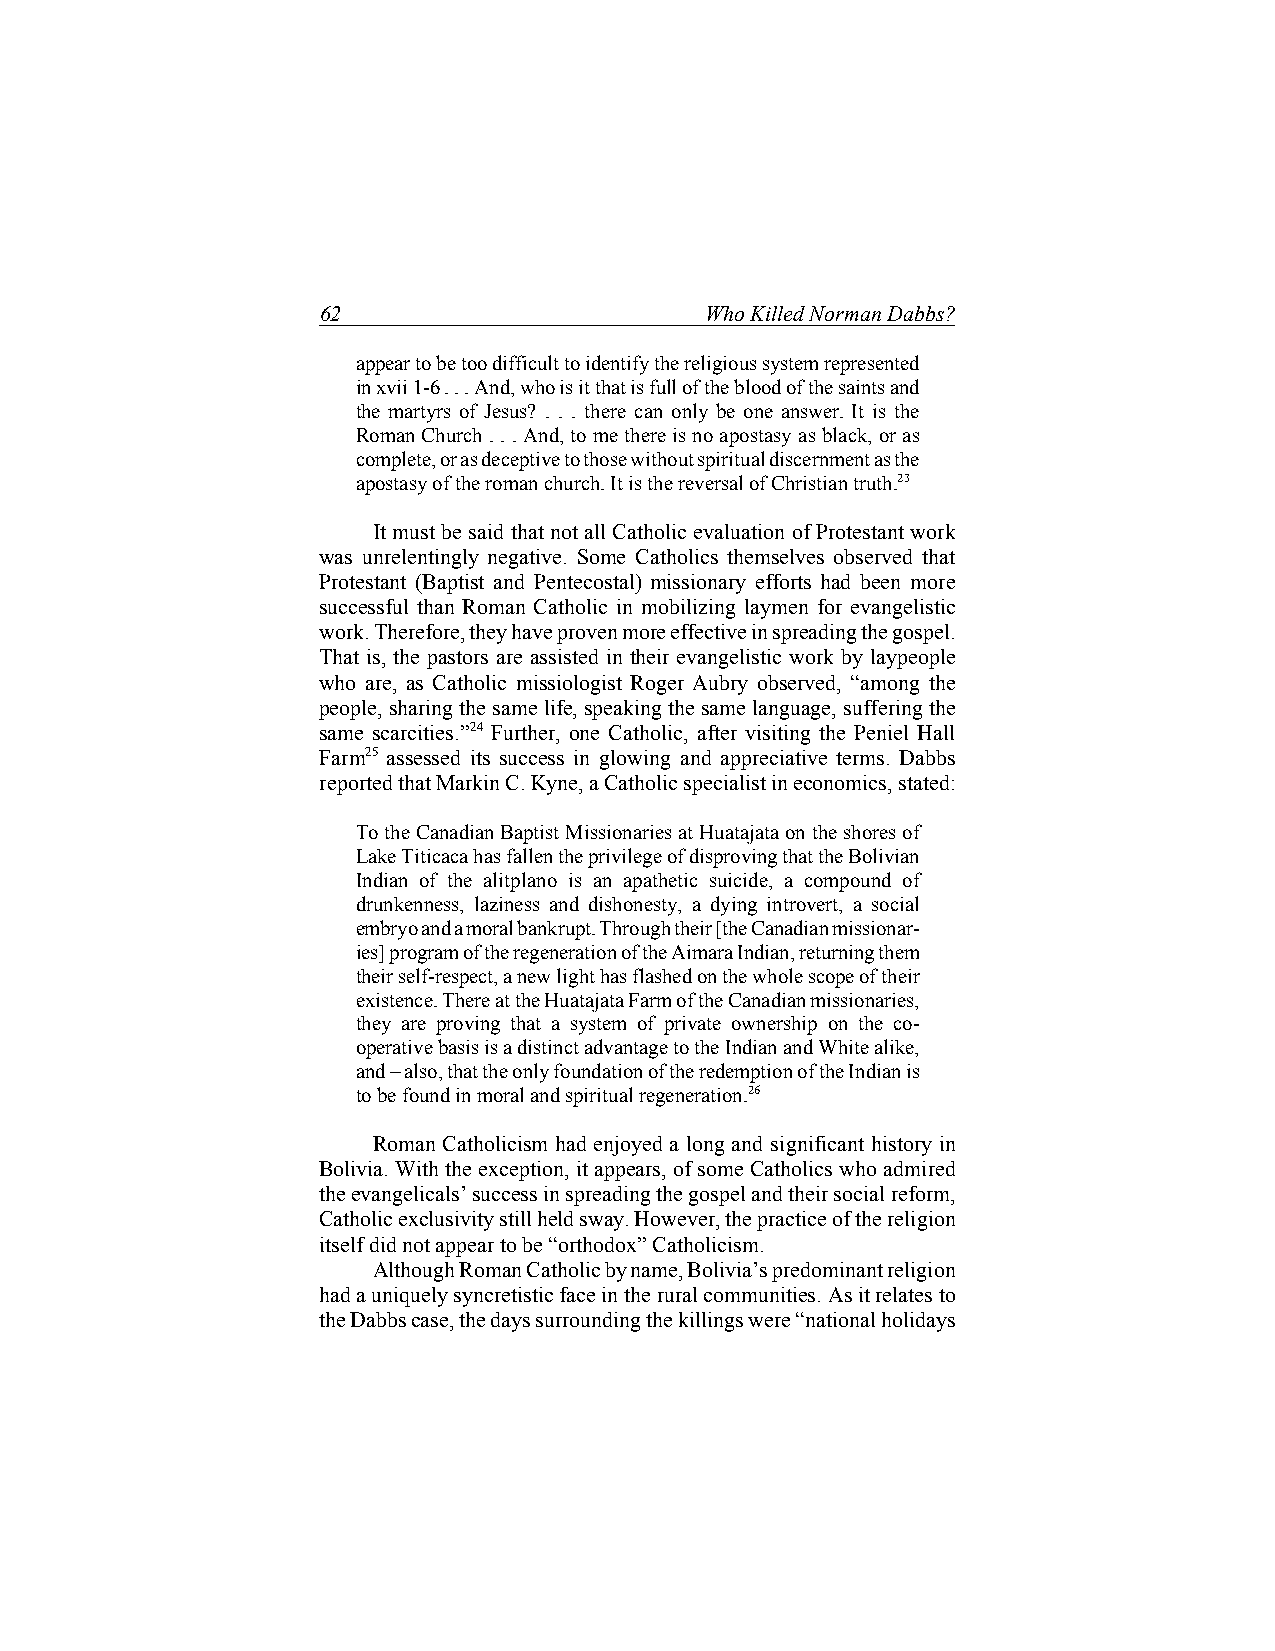
62                        Who Killed Norman Dabbs?
 appear to be too difficult to identify the religious system represented
 in xvii 1-6 . . . And, who is it that is full of the blood of the saints and
 the martyrs of Jesus? . . . there can only be one answer. It is the
 Roman Church . . . And, to me there is no apostasy as black, or as
 complete, or as deceptive to those without spiritual discernment as the
 apostasy of the roman church. It is the reversal of Christian truth.23
 It must be said that not all Catholic evaluation of Protestant work
 was unrelentingly negative. Some Catholics themselves observed that
 Protestant (Baptist and Pentecostal) missionary efforts had been more
 successful than Roman Catholic in mobilizing laymen for evangelistic
 work. Therefore, they have proven more effective in spreading the gospel.
 That is, the pastors are assisted in their evangelistic work by laypeople
 who are, as Catholic missiologist Roger Aubry observed, “among the
 people, sharing the same life, speaking the same language, suffering the
 same scarcities.”24 Further, one Catholic, after visiting the Peniel Hall
 Farm25 assessed its success in glowing and appreciative terms. Dabbs
 reported that Markin C. Kyne, a Catholic specialist in economics, stated:
 To the Canadian Baptist Missionaries at Huatajata on the shores of
 Lake Titicaca has fallen the privilege of disproving that the Bolivian
 Indian of the alitplano is an apathetic suicide, a compound of
 drunkenness, laziness and dishonesty, a dying introvert, a social
 embryo and a moral bankrupt. Through their [the Canadian missionar-
 ies] program of the regeneration of the Aimara Indian, returning them
 their self-respect, a new light has flashed on the whole scope of their
 existence. There at the Huatajata Farm of the Canadian missionaries,
 they are proving that a system of private ownership on the co-
 operative basis is a distinct advantage to the Indian and White alike,
 and – also, that the only foundation of the redemption of the Indian is
 to be found in moral and spiritual regeneration.26
 Roman Catholicism had enjoyed a long and significant history in
 Bolivia. With the exception, it appears, of some Catholics who admired
 the evangelicals’ success in spreading the gospel and their social reform,
 Catholic exclusivity still held sway. However, the practice of the religion
 itself did not appear to be “orthodox” Catholicism.
 Although Roman Catholic by name, Bolivia’s predominant religion
 had a uniquely syncretistic face in the rural communities. As it relates to
 the Dabbs case, the days surrounding the killings were “national holidays